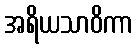
အရိယသာဝိကာ